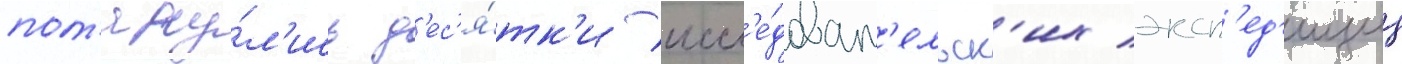
пот'яну́л'ись д'ес'я́тк'и иссл'е́доват'ельск'их эксп'ед'иции